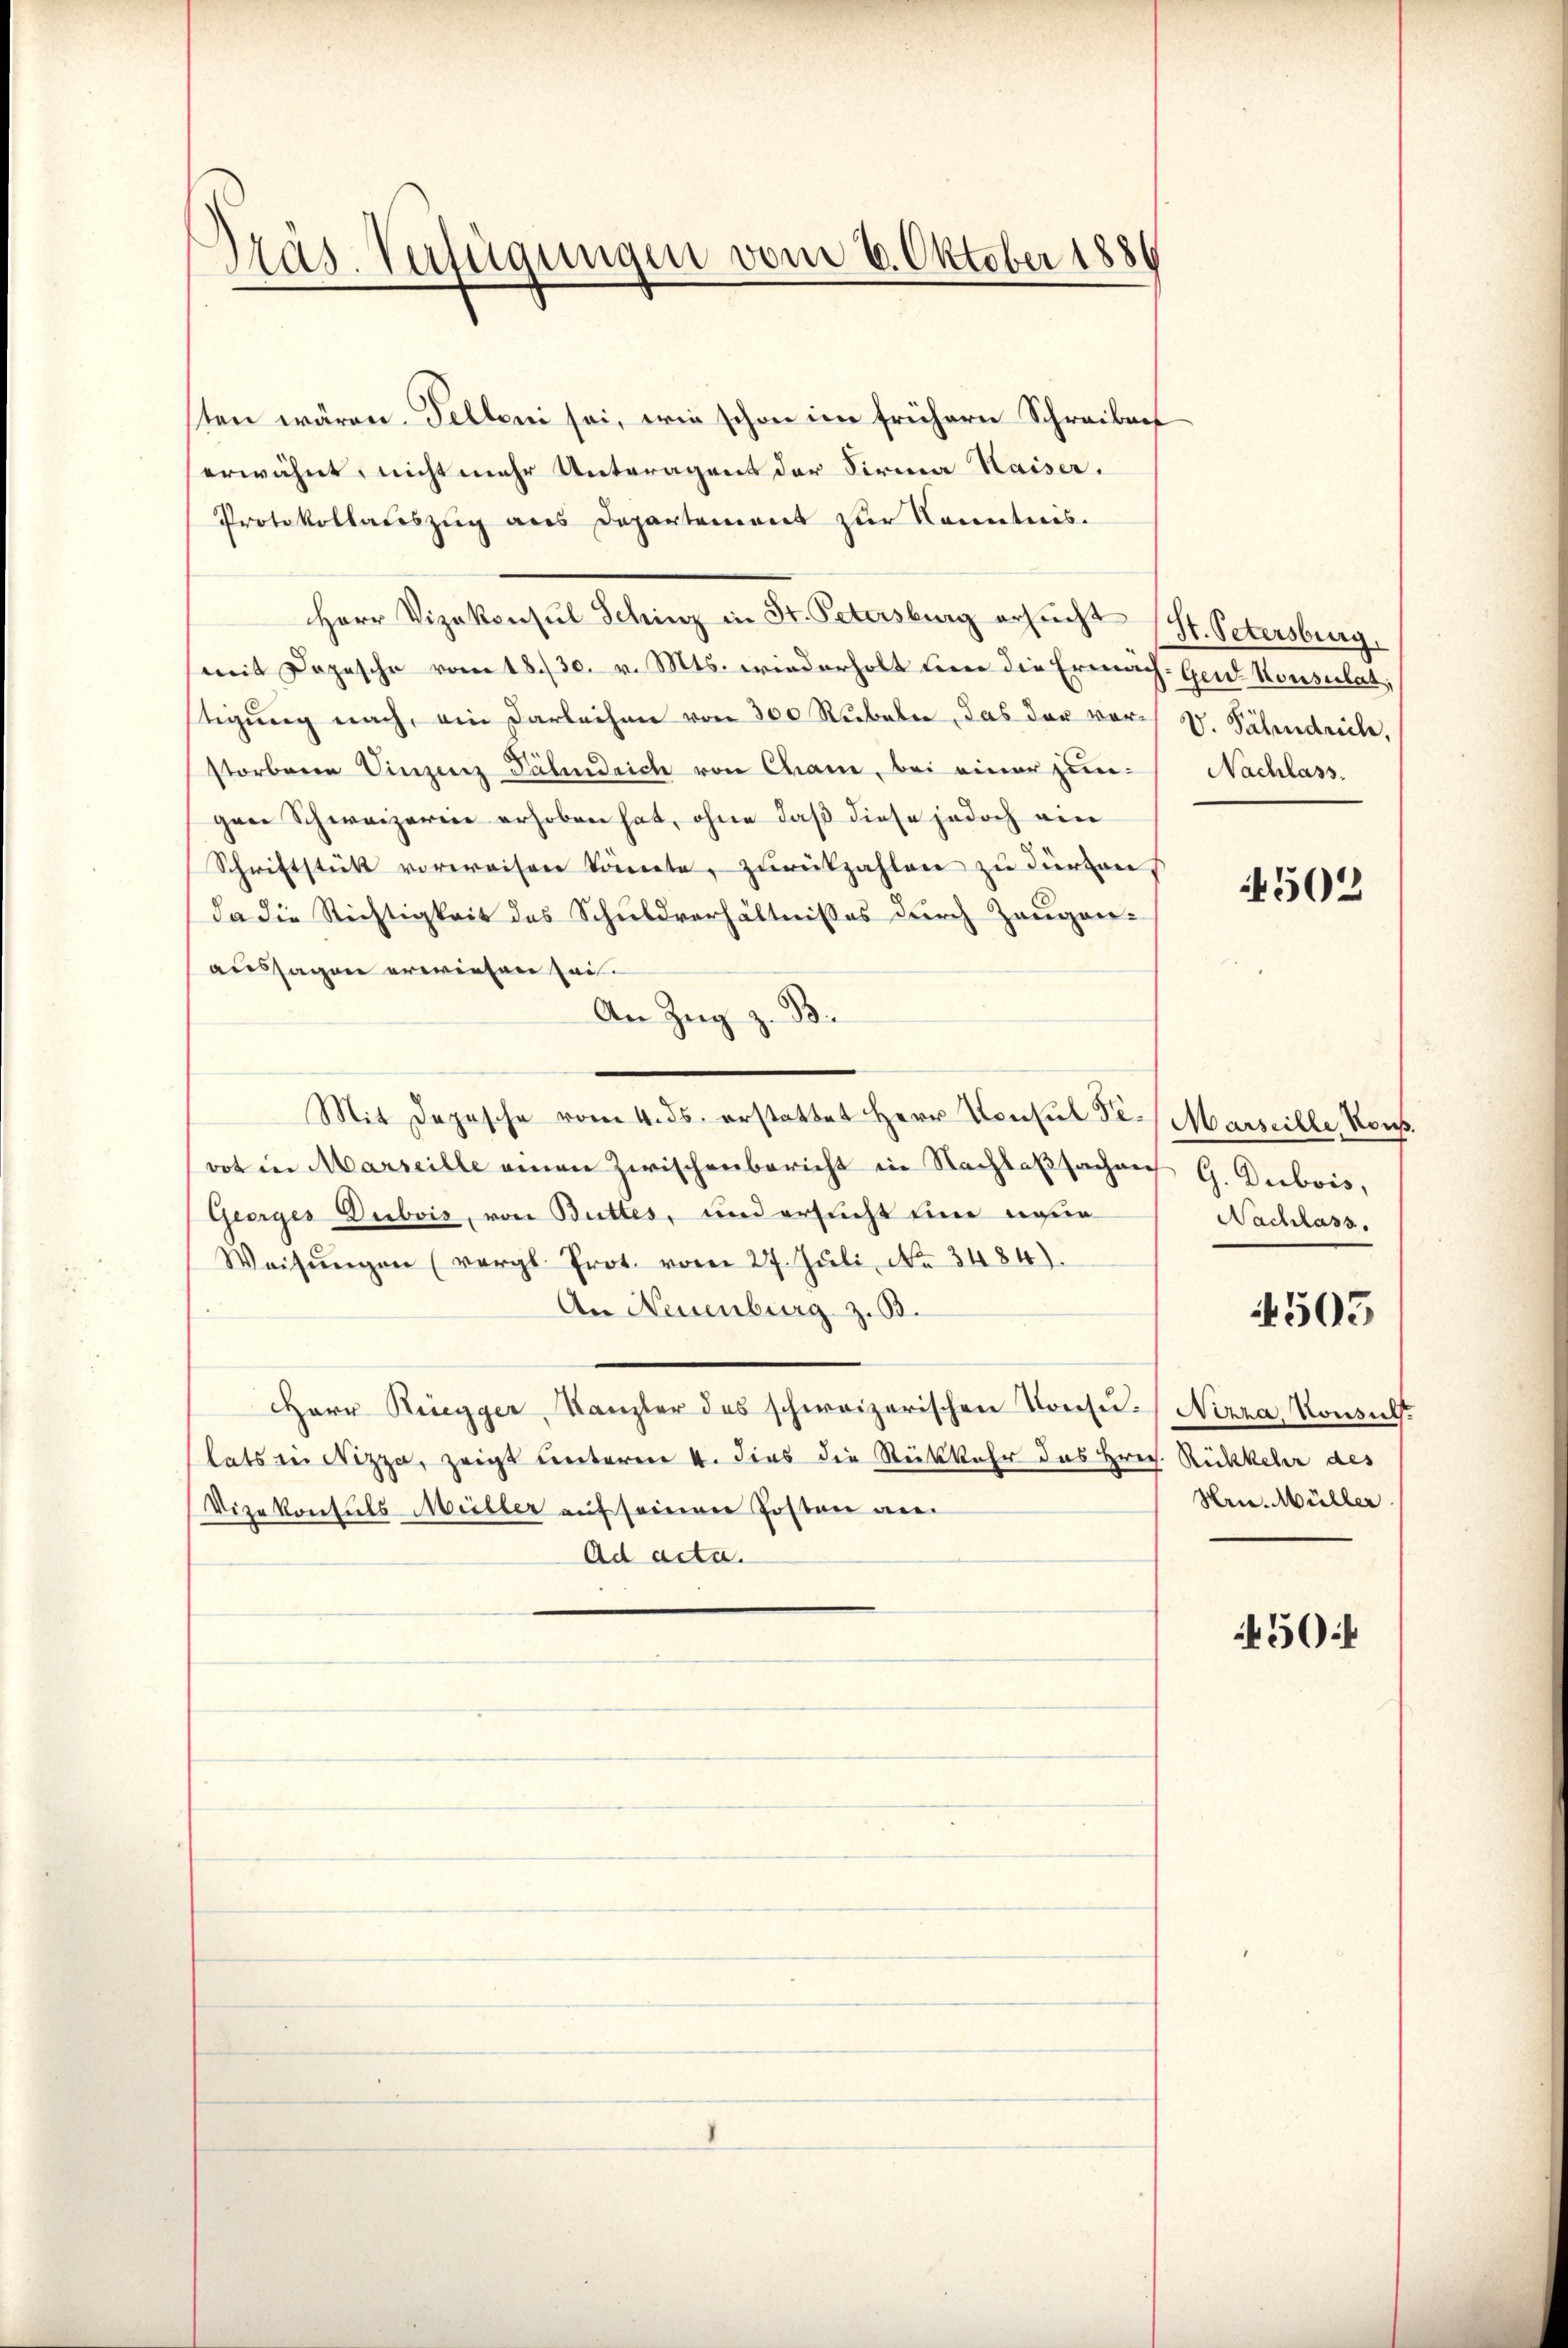
Präs. Verfügungen vom 6. Oktober 188

sten wären. Fellen sei, wie schon im frühern Schreiben
erwähnt, nicht mehr Unteragens der Firma Kaiser.
Protokollateszug aus Departement zur Kontreis.
Herr Vizekonsul Schinz in St. Petersburg ersucht (St. Petersburg.
(mit Depesche vom 18./30. v. Mts. wiederholt den die Ermäch-Gen Konsulat,
tigung nach, ein Darleihen von 300 Rubeln das der vor V. Fähndrich,
storberen Vinzenz Pähndrich von Cham, bei einer zungen Schweizerin erhoben hat, ohne daß diese jedoch ein
Schriftstückt vorweisen könnte, zurückzahlen zu dürfen.
da die Richtigkeit des Schuldverhältnisses durch Zeugenaussagen erwiesen sei.
An Zug z. B.
Mit Depesche vom 4. ds. erstattet Herr Konsul Se. Marseille, Kons.
vot in Marseille einen Zwischenbericht in Nachlaßsachen G. Dubois,
Georges Dubois, von Buttes, und ersucht eine name
Weisŭngen (vergl. Prot. vom 27. Jŭli No 3484).
An Neuenburg z. B.
Herr Ruegger, Kanzler des schweizerischen Konsu- Nizza, Konsullats in Nizza, zeigt unterm 4. dies die Rückkehr das Hrn. Rückkehr des
Vizekonsuls Müller auf seinen Posten an
Ad acta.

Nachlass.

4502

Nachlass.

4505

Hrn. Müller

450